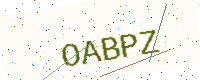
Text: OABPZ